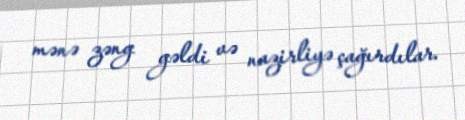
mənə zəng gəldi və nazirliyə çağırdılar.